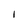
Character: I